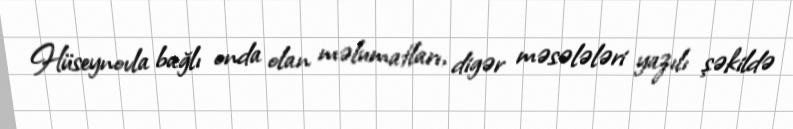
Hüseynovla bağlı onda olan məlumatları, digər məsələləri yazılı şəkildə